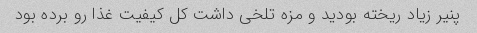
پنیر زیاد ریخته بودید و مزه تلخی داشت کل کیفیت غذا رو برده بود